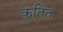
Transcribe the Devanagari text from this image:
कृतित